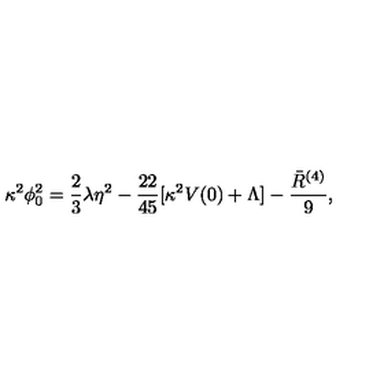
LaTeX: \kappa ^ { 2 } \phi _ { 0 } ^ { 2 } = { \frac { 2 } { 3 } } \lambda \eta ^ { 2 } - { \frac { 2 2 } { 4 5 } } [ \kappa ^ { 2 } V ( 0 ) + \Lambda ] - { \frac { \bar { R } ^ { ( 4 ) } } { 9 } } ,